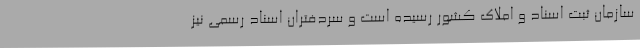
سازمان ثبت اسناد و املاک کشور رسیده است و سردفتران اسناد رسمی نیز